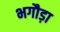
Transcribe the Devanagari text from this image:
भगौड़ा